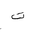
Letter: _ta